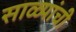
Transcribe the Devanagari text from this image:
साळ्यांची